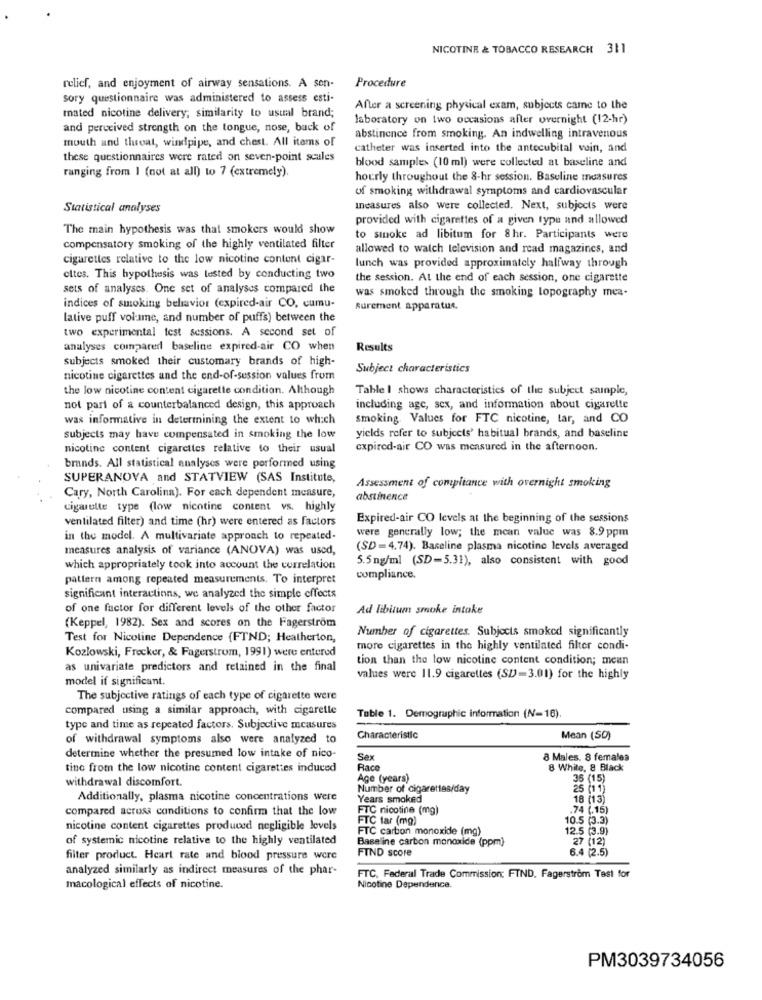
NICOTINE & TOBACCO RESEARCH 311
Procedure
relief, and enjoyment of airway sensations. A sen-
sory questionnaire was administered to assess esti-
After a screening physical exam, subjects came to the
mated nicotine delivery; similarity to ustal brand;
laboratory on two occasions after overnight (12-hr)
and perceived strength on the tongue, nose, back of
mouth and tluoat, windpipe, and chest. All items of
abstinence from smoking. An indwelling intravenous
catheter was inserted into the antecubital vein, and
these questionnaires were rated on seven-point scales
blood samples (10 ml) were collected at baseline and
ranging from 1 (not at all) to 7 (extremely).
hourly throughout the 8-hr session. Baseline measures
of smoking withdrawal symptoms and cardiovascular
Statistical analyses
Incasures also were collected. Next, subjects were
provided with cigarettes of a given type and allowed
The main hypothesis was that smokers would show
to sinoke ad libitum for 8 hr. Participants were
compensatory smoking of the highly ventilated filter
allowed to watch television and read magazines, and
cigarettes relative to the low nicotine content cigar-
lunch was provided approximately halfway through
eltes. This hypothesis was tested by conducting two
the session. At the end of each session, one cigarette
sets of analyses. One set of analyses compared the
was smoked through the smoking topography mea.
indices of smoking behavior (expired-air CO, cumu-
Surement apparatus.
lative puff volume, and number of puffs) between the
two experimental test sessions. A second set of
analyses compared baseline expired-air CO when
Results
subjects smoked their customary brands of high-
Subject characteristics
nicotine cigarettes and the end-of-session values from
the low nicotine content cigarette condition. Although
Table I shows characteristics of the subject sample,
not part of a counterbalanced design, this approach
including age, sex, and information about cigarette
was informative in determining the extent to which
smoking. Values for FTC nicotine, tar, and CO
subjects may have compensated in smoking the low
yields refer to subjects' habitual brands, and baseline
nicotine content cigarettes relative to their usual
expired-air CO was measured in the afternoon.
brands. All statistical analyses were porformed using
SUPERANOVA and STATVIEW (SAS Institute,
Assessment of compliance with overnight smoking
Cary, North Carolina). For each dependent measure,
abstinence
cigarette type (low nicotine content vs. highly
ventilated filter) and time (hr) were entered as factors
Expired-air CO levels at the beginning of the sessions
were generally low; the mean value was 8.9 ppm
in the model. A multivariate approach to repeated-
measures analysis of variance (ANOVA) was used,
(SD=4.74). Baseline plasma nicotine levels averaged
5.5ng/ml (SD=5.31), also consistent with good
which appropriately took into account the correlation
pattern among repeated measurements. To interpret
compliance.
significant interactions, we analyzed the simple effects
of one factor for different levels of the other factor
Ad libitum smoke intake
(Keppel, 1982). Sex and scores on the Fagerström
Number of cigarettes. Subjects smoked significantly
Test for Nicotine Dependence {FTND; Heatherton,
more cigarettes in the highly ventilated filter condi-
Kozlowski, Frecker, & Fagerstrom, 1991) were entered
tion than the low nicotine content condition; mean
as univariate predictors and retained in the final
model if significant.
values were 11.9 cigarettes (SD)=3.01) for the highly
The subjective ratings of each type of cigarette were
compared using a similar approach, with cigarette
Table 1. Demographic information (N=16).
type and time as repeated factors. Subjective measures
of withdrawal symptoms also were analyzed to
Characteristic
Mean (SD)
determine whether the presumed low intake of nico-
Sex
8 Males. 8 females
tino from the low nicotine content cigarettes induced
Race
8 White, 8 Black
withdrawal discomfort.
Age (years)
35 (15)
Number of cigarettes/day
25 (11)
Additionally, plasma nicotine concentrations were
Years smoked
18 (13)
compared across conditions to confirm that the low
FTC nicotine (mg)
.74 (.15)
FTC tar (mg)
10.5 (3.3)
nicotine content cigarettes produced negligible levels
FTC carbon monoxide (mg)
12.5 (3.9)
of systemic nicotine relative to the highly ventilated
Baseline carbon monoxide (ppm)
27 (12)
FIND score
6.4 (2.5)
filter product. Heart rate and blood pressure were
analyzed similarly as indirect measures of the phar-
FTC, Federal Trade Commission: FIND. Fagerström Test for
macological effects of nicotine.
Nicotine Dependence.
PM3039734056